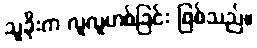
သူခိုးက လူလူဟစ်ခြင်း ဖြစ်သည်။